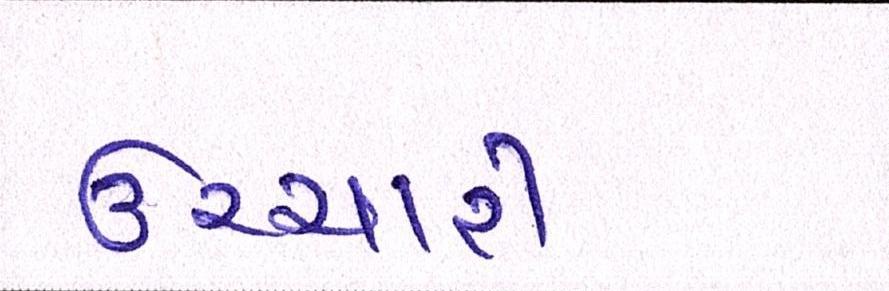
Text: ઉચ્ચારી